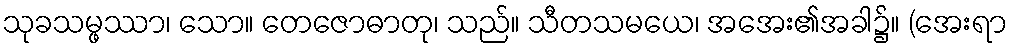
သုခသမ္ဖဿာ၊ သော။ တေဇောဓာတု၊ သည်။ သီတသမယေ၊ အအေး၏အခါ၌။ (အေးရာ